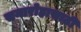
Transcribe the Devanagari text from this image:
समारोहासाठी